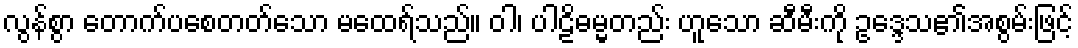
လွန်စွာ တောက်ပစေတတ်သော မထေရ်သည်။ ဝါ၊ ပါဠိဓမ္မတည်း ဟူသော ဆီမီးကို ဥဒ္ဒေသ၏အစွမ်းဖြင့်